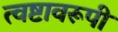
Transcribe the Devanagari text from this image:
त्वष्टावरूपी